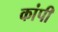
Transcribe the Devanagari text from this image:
कांपी